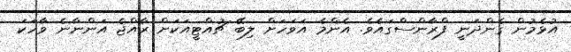
އުޅެމުން ގެންދަނީ ފްރާންސްގައެވެ. އެންމެ އަވަހަށް ލިބޭ ޗުއްޓީއަކަށް ރާއްޖެ އަންނާނެ ވާހަކަ